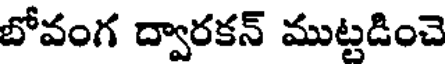
బోవంగ ద్వారకన్ ముట్టడించె